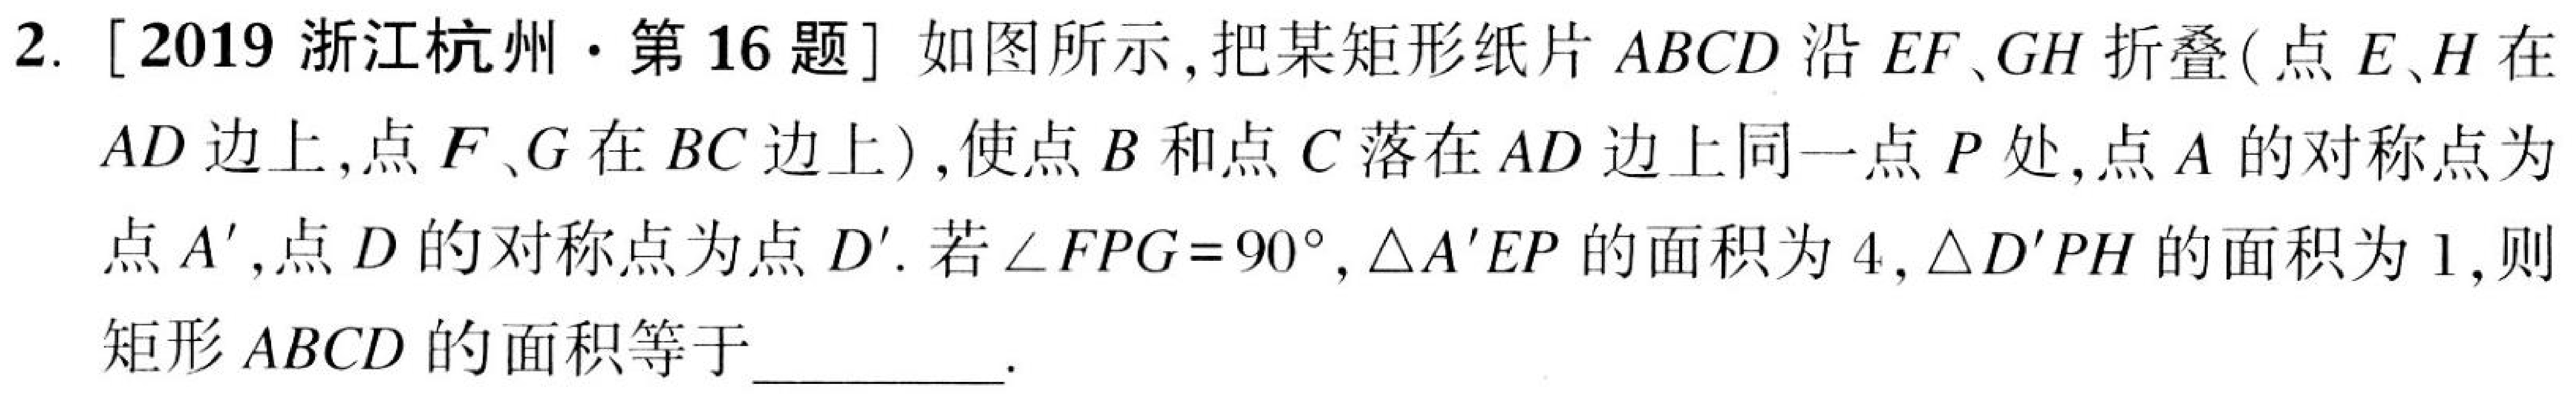
2. [2019 浙江杭州·第16题] 如图所示，把某矩形纸片 \(ABCD\) 沿 \(EF、GH\) 折叠(点 \(E、H\) 在 \(AD\) 边上，点 \(F、G\) 在 \(BC\) 边上)，使点 \(B\) 和点 \(C\) 落在 \(AD\) 边上同一点 \(P\) 处，点 \(A\) 的对称点为点 \(A'\)，点 \(D\) 的对称点为点 \(D'\). 若 \(\angle FPG = 90^{\circ}\)，\(\triangle A'EP\) 的面积为 \(4\)，\(\triangle D'PH\) 的面积为 \(1\)，则矩形 \(ABCD\) 的面积等于  .